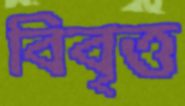
বিবৃত্ত